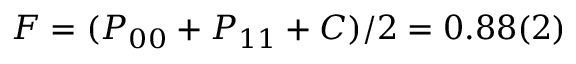
F = ( P _ { 0 0 } + P _ { 1 1 } + C ) / 2 = 0 . 8 8 ( 2 )